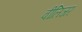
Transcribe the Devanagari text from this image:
वीलिजर